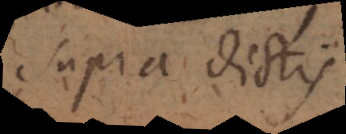
supra dictis